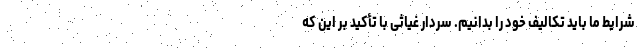
شرایط ما باید تکالیف خود را بدانیم. سردار غیاثی با تأکید بر این که